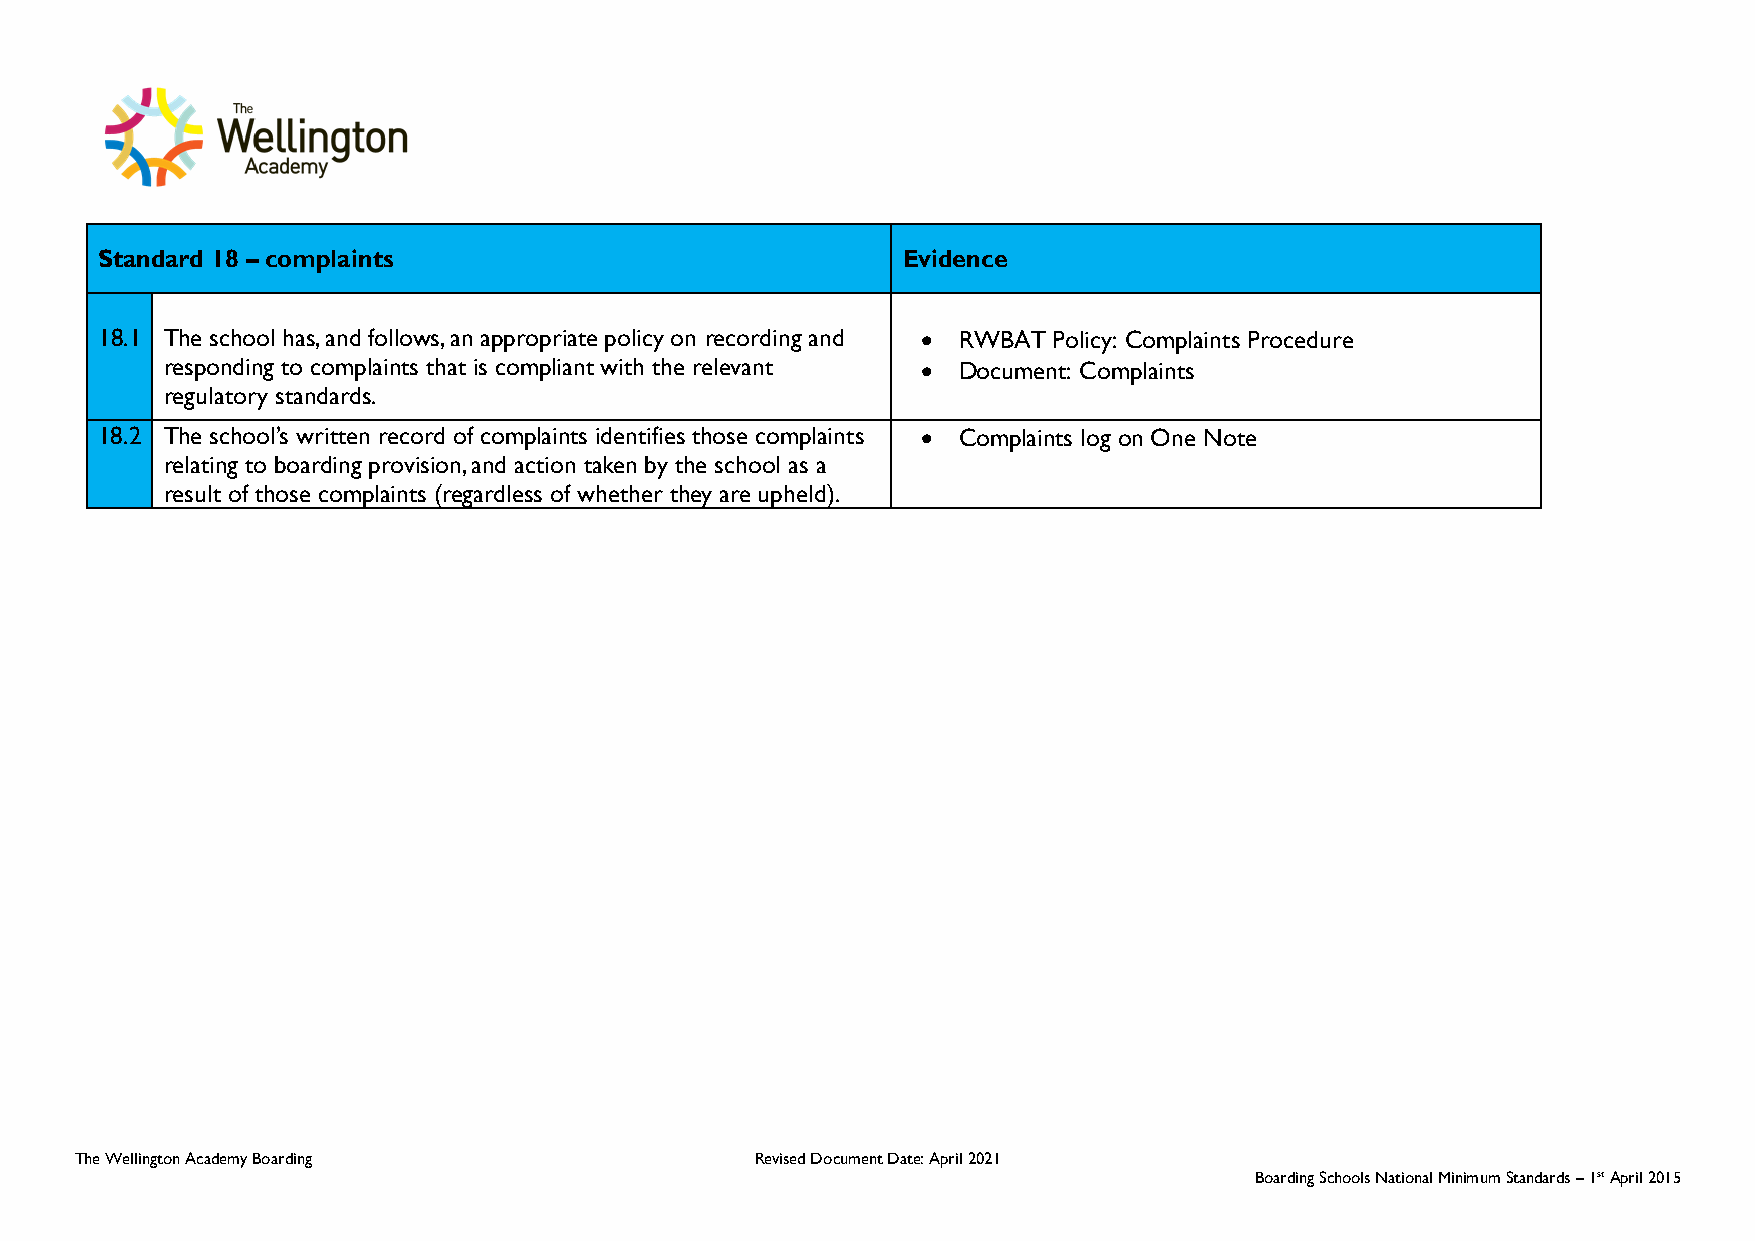
Standard 18 – complaints                              Evidence
 18.1 The school has, and follows, an appropriate policy on recording and • RWBAT Policy: Complaints Procedure
 responding to complaints that is compliant with the relevant • Document: Complaints
 regulatory standards.
 18.2 The school’s written record of complaints identifies those complaints • Complaints log on One Note
 relating to boarding provision, and action taken by the school as a
 result of those complaints (regardless of whether they are upheld).
 The Wellington Academy Boarding              Revised Document Date: April 2021
 Boarding Schools National Minimum Standards – 1st April 2015